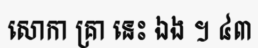
សោកា គ្រា នេះ ឯង ។ ៤៣